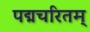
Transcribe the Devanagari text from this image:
पद्मचरितम्